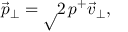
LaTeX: \vec { p } _ { \perp } = \surd 2 \, p ^ { + } \vec { v } _ { \perp } ,